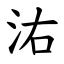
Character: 㳓